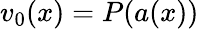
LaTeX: v_{0}(x)=P(a(x))